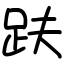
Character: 趺